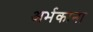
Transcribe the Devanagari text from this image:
अर्भकाना